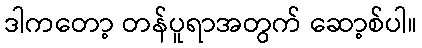
ဒါကတော့ တန်ပူရာအတွက် ဆော့စ်ပါ။